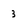
Character: 3